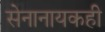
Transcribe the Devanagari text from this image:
सेनानायकही